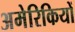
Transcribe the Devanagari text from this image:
अमेरिकियों